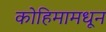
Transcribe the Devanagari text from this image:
कोहिमामधून